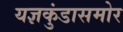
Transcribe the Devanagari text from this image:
यज्ञकुंडासमोर